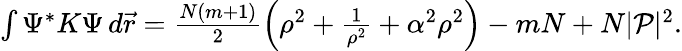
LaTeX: \begin{array}{r}{\int\Psi^{*}K\Psi\, d\vec{r}=\frac{N(m+1)}{2}\left(\rho^{2}+\frac{1}{\rho^{2}}+\alpha^{2}\rho^{2}\right)-mN+N|\mathcal{P}|^{2}.}\end{array}